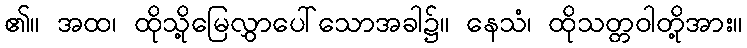
၏။ အထ၊ ထိုသို့မြေလွှာပေါ်သောအခါ၌။ နေသံ၊ ထိုသတ္တဝါတို့အား။